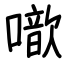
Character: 噷